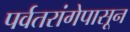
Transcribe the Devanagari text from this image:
पर्वतरांगेपासून